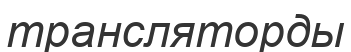
трансляторды